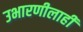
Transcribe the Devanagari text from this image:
उभारणीलाही